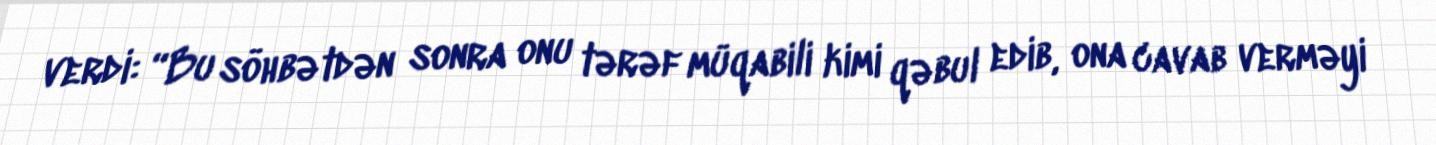
verdi: “Bu söhbətdən sonra onu tərəf müqabili kimi qəbul edib, ona cavab verməyi